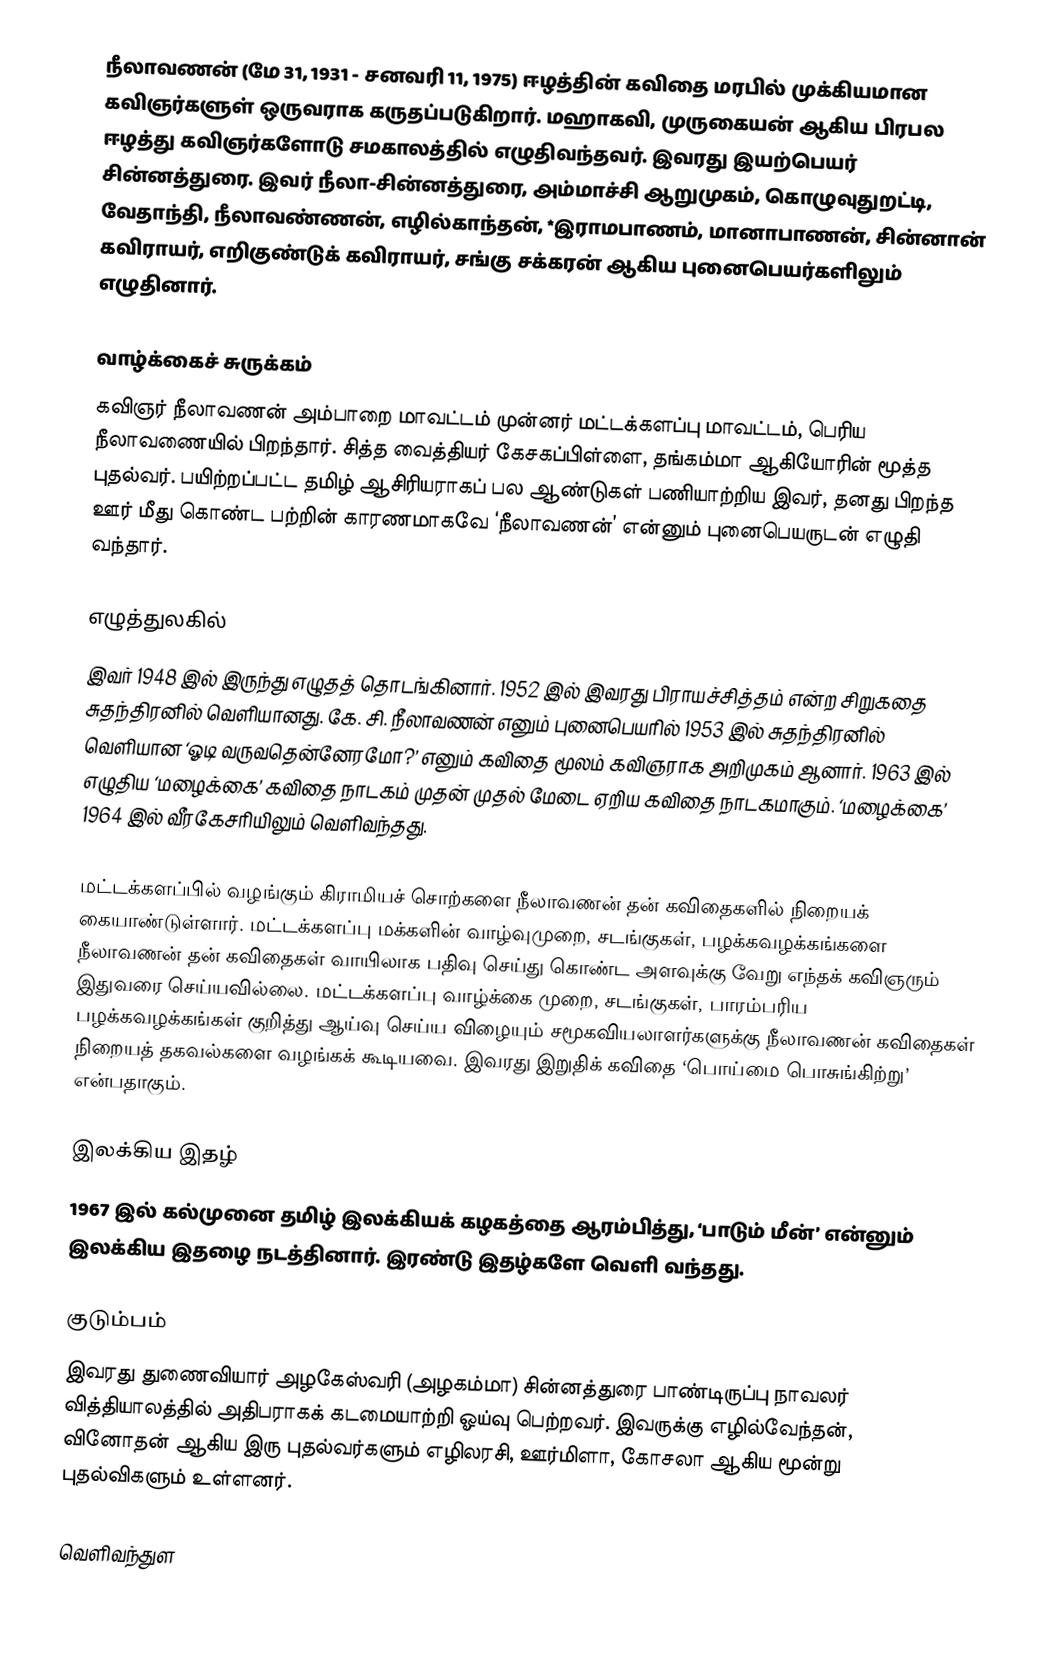
நீலாவணன் (மே 31, 1931 - சனவரி 11, 1975) ஈழத்தின் கவிதை மரபில் முக்கியமான கவிஞர்களுள் ஒருவராக கருதப்படுகிறார். மஹாகவி, முருகையன் ஆகிய பிரபல ஈழத்து கவிஞர்களோடு சமகாலத்தில் எழுதிவந்தவர். இவரது இயற்பெயர் சின்னத்துரை. இவர் நீலா-சின்னத்துரை, அம்மாச்சி ஆறுமுகம், கொழுவுதுறட்டி, வேதாந்தி, நீலாவண்ணன், எழில்காந்தன், *இராமபாணம், மானாபாணன், சின்னான் கவிராயர், எறிகுண்டுக் கவிராயர், சங்கு சக்கரன் ஆகிய புனைபெயர்களிலும் எழுதினார்.

வாழ்க்கைச் சுருக்கம்
கவிஞர் நீலாவணன் அம்பாறை மாவட்டம் முன்னர் மட்டக்களப்பு மாவட்டம், பெரிய நீலாவணையில் பிறந்தார். சித்த வைத்தியர் கேசகப்பிள்ளை, தங்கம்மா ஆகியோரின் மூத்த புதல்வர். பயிற்றப்பட்ட தமிழ் ஆசிரியராகப் பல ஆண்டுகள் பணியாற்றிய இவர், தனது பிறந்த ஊர் மீது கொண்ட பற்றின் காரணமாகவே ‘நீலாவணன்’ என்னும் புனைபெயருடன் எழுதி வந்தார்.

எழுத்துலகில்
இவர் 1948 இல் இருந்து எழுதத் தொடங்கினார். 1952 இல் இவரது பிராயச்சித்தம் என்ற சிறுகதை சுதந்திரனில் வெளியானது. கே. சி. நீலாவணன் எனும் புனைபெயரில் 1953 இல் சுதந்திரனில் வெளியான ‘ஓடி வருவதென்னேரமோ?’ எனும் கவிதை மூலம் கவிஞராக அறிமுகம் ஆனார். 1963 இல் எழுதிய ‘மழைக்கை’ கவிதை நாடகம் முதன் முதல் மேடை ஏறிய கவிதை நாடகமாகும். ‘மழைக்கை’ 1964 இல் வீரகேசரியிலும் வெளிவந்தது.

மட்டக்களப்பில் வழங்கும் கிராமியச் சொற்களை நீலாவணன் தன் கவிதைகளில் நிறையக் கையாண்டுள்ளார். மட்டக்களப்பு மக்களின் வாழ்வுமுறை, சடங்குகள், பழக்கவழக்கங்களை நீலாவணன் தன் கவிதைகள் வாயிலாக பதிவு செய்து கொண்ட அளவுக்கு வேறு எந்தக் கவிஞரும் இதுவரை செய்யவில்லை. மட்டக்களப்பு வாழ்க்கை முறை, சடங்குகள், பாரம்பரிய பழக்கவழக்கங்கள் குறித்து ஆய்வு செய்ய விழையும் சமூகவியலாளர்களுக்கு நீலாவணன் கவிதைகள் நிறையத் தகவல்களை வழங்கக் கூடியவை. இவரது இறுதிக் கவிதை ‘பொய்மை பொசுங்கிற்று’ என்பதாகும்.

இலக்கிய இதழ்
1967 இல் கல்முனை தமிழ் இலக்கியக் கழகத்தை ஆரம்பித்து, ‘பாடும் மீன்’ என்னும் இலக்கிய இதழை நடத்தினார். இரண்டு இதழ்களே வெளி வந்தது.

குடும்பம்
இவரது துணைவியார் அழகேஸ்வரி (அழகம்மா) சின்னத்துரை பாண்டிருப்பு நாவலர் வித்தியாலத்தில் அதிபராகக் கடமையாற்றி ஓய்வு பெற்றவர். இவருக்கு எழில்வேந்தன், வினோதன் ஆகிய இரு புதல்வர்களும் எழிலரசி, ஊர்மிளா, கோசலா ஆகிய மூன்று புதல்விகளும் உள்ளனர்.

வெளிவந்துள